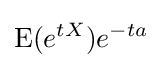
\operatorname {E} (e^{tX})e^{-ta}